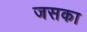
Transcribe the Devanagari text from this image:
जसका